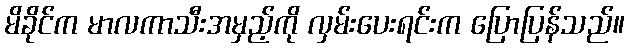
မိခိုင်က မာလကာသီးအမှည့်ကို လှမ်းပေးရင်းက ပြောပြန်သည်။